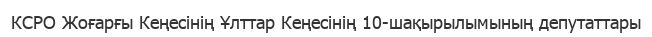
КСРО Жоғарғы Кеңесінің Ұлттар Кеңесінің 10-шақырылымының депутаттары